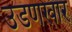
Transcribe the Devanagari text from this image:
उडणखार